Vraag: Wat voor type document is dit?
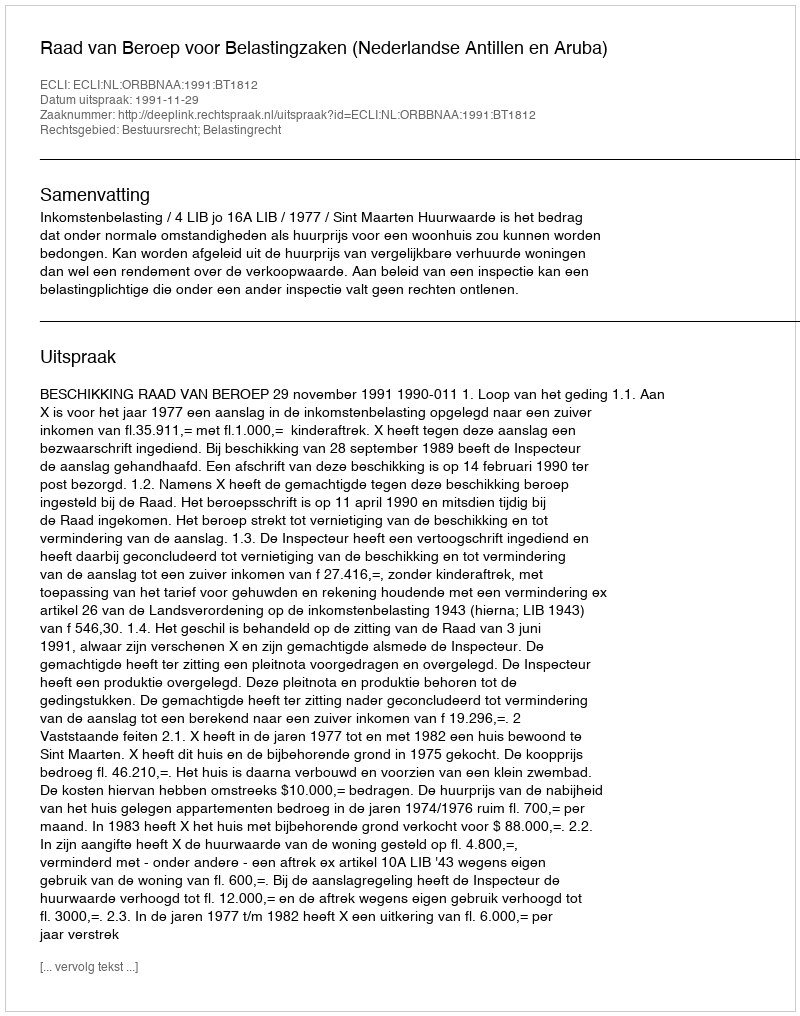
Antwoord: Uitspraak